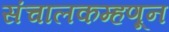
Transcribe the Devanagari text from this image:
संचालकम्हणून